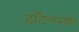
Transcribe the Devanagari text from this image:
हॉटेलबाहेर